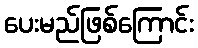
ပေးမည်ဖြစ်ကြောင်း